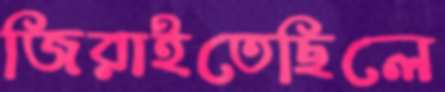
জিরাইতেছিলে